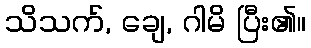
သိသက်, ချေ, ဂါမိ ပြီး၏။